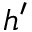
h ^ { \prime }